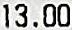
13.00